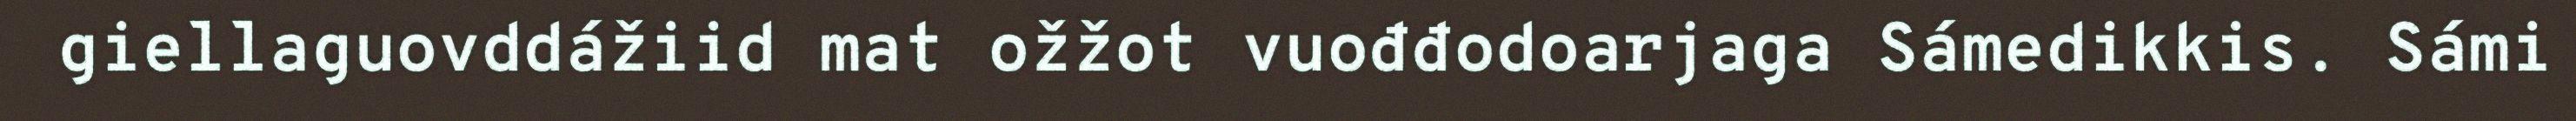
giellaguovddážiid mat ožžot vuođđodoarjaga Sámedikkis. Sámi